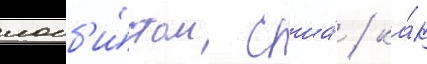
лобб'и́стом сша́ / ка́к